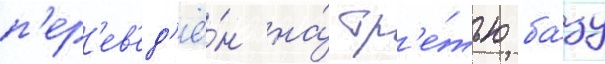
п'ер'ев'ед'ё́н на́ тр'е́тью ба́зу